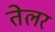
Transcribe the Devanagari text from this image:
तेलर